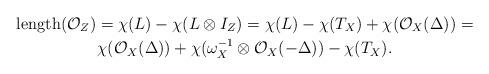
LaTeX: \begin{gather*}\mathrm{length}(\mathcal{O}_Z)=\chi(L)-\chi(L\otimes I_Z)=\chi(L)-\chi(T_X)+\chi(\mathcal{O}_X(\Delta))=\\\chi(\mathcal{O}_X(\Delta))+\chi(\omega_X^{-1}\otimes \mathcal{O}_X(-\Delta))-\chi(T_X).\end{gather*}